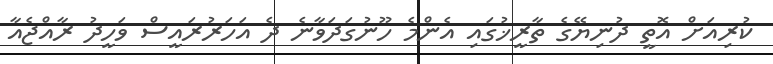
ކުރިއަށް އޮތީ ދުނިޔޭގެ ތާރީޚުގައި އެންމެ ހޫނުގަދަވާނެ ދެ އަހަރުރައީސް ވަހީދު ރާއްޖެއާ